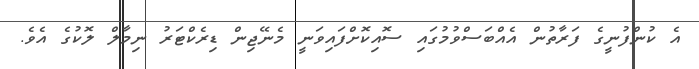
އެ ކުންފުނީގެ ފަރާތުން އެއްބަސްވުމުގައި ސޮއިކޮށްފައިވަނީ މެނޭޖިން ޑިރެކްޓަރު ނިމާލް ލޮކުގެ އެވެ.